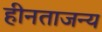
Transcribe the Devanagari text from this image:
हीनताजन्य